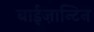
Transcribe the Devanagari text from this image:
बाईज़ान्टिन